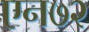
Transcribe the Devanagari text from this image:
एन७२